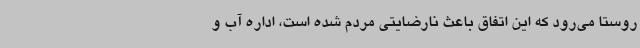
روستا می‌رود که این اتفاق باعث نارضایتی مردم شده است، اداره آب و